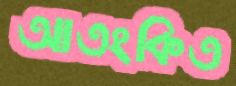
আতংকিত